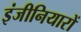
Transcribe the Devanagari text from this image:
इंजीनियारों